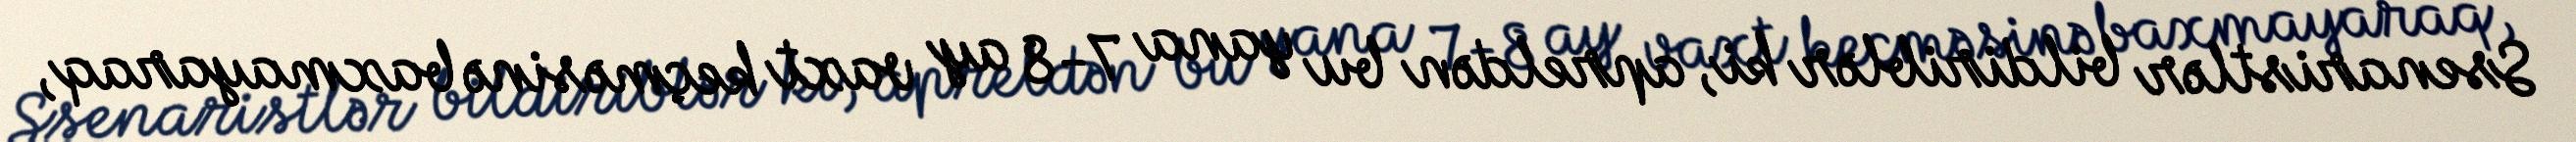
Ssenaristlər bildiriblər ki, apreldən bu yana 7-8 ay vaxt keçməsinə baxmayaraq,